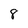
Character: 8